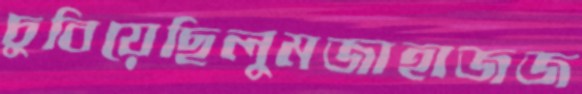
চুবিয়েছিলুমজাহাজজ